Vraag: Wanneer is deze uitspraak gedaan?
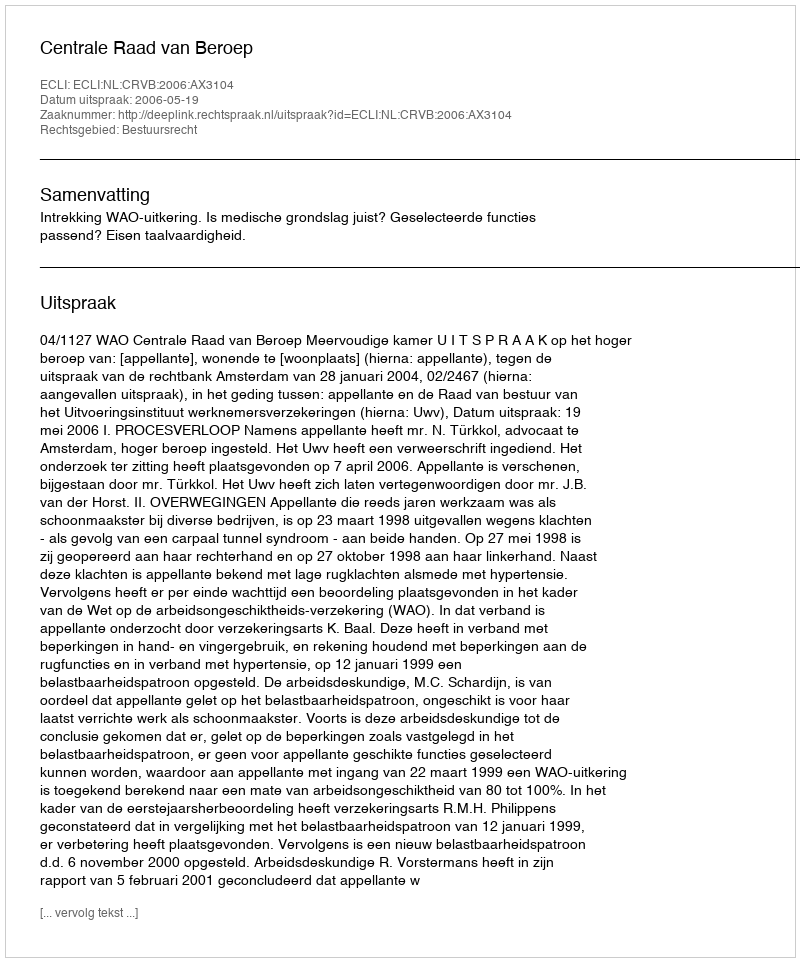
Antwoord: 2006-05-19